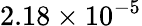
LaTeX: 2.18\times 10^{-5}